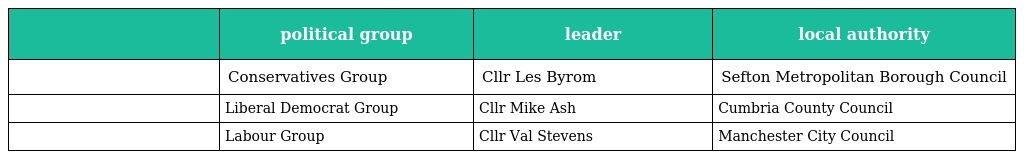
|  | political group | leader | local authority |
 | --- | --- | --- | --- |
 |  | Conservatives Group | Cllr Les Byrom | Sefton Metropolitan Borough Council |
 |  | Liberal Democrat Group | Cllr Mike Ash | Cumbria County Council |
 |  | Labour Group | Cllr Val Stevens | Manchester City Council |